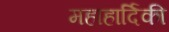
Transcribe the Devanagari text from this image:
महाहार्दिकी